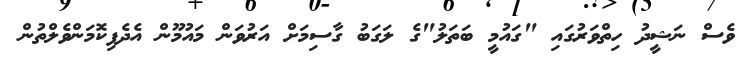
ވެސް ނަޝީދު ހިތްވަރުގައި "ގައުމީ ބަތަލު"ގެ ލަގަބު ގާސިމަށް އަރުވަން މައުމޫން އެދެފިކޮމަންވެލްތުން